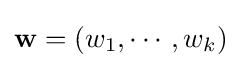
\mathbf {w} =(w_{1},\cdots ,w_{k})